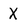
Character: X